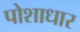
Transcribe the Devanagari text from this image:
पोशाधार